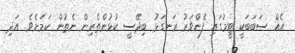
އެއް ސަބަބަކީ ޓީމުގައި ފެންވަރު ރަނގަޅު ބިދޭސީ ކުޅުންތެރިން ނެތުން ކަމަށެވެ. އަދި